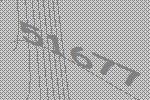
51677